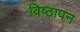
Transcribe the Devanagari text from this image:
विष्ठापन